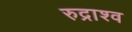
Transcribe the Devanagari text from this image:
रुद्राश्व